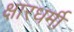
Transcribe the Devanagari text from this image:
क्षारधर्मी